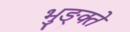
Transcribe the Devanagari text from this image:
भुङ्क्ते